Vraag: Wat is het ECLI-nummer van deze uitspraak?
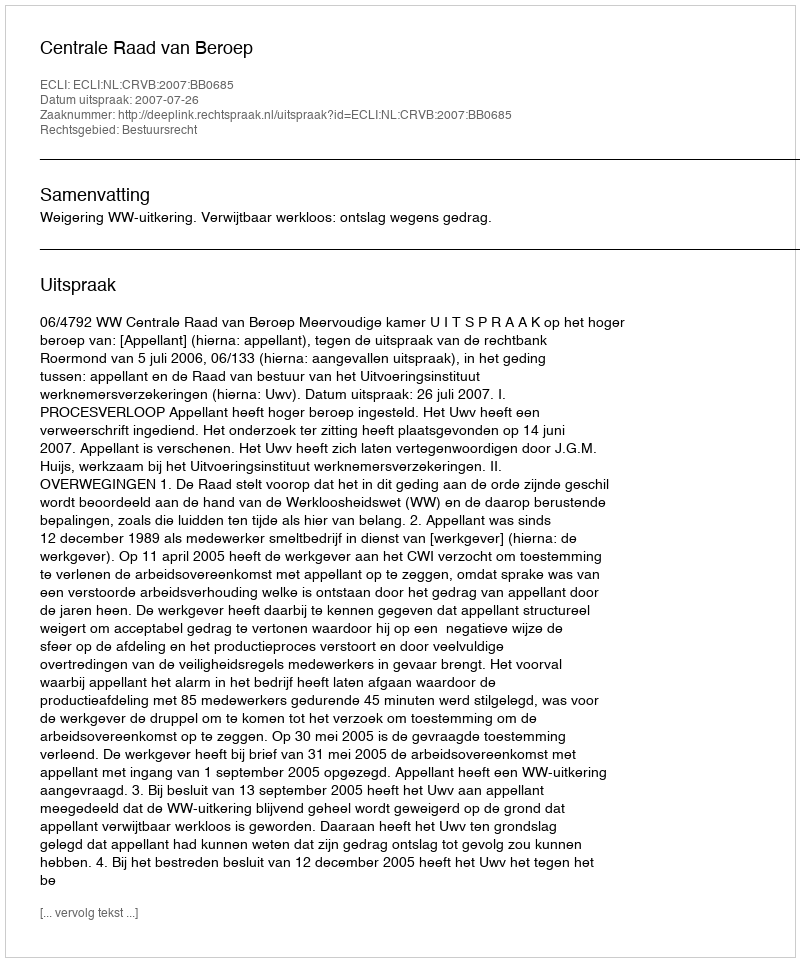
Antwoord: ECLI:NL:CRVB:2007:BB0685